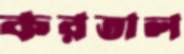
করতাল